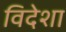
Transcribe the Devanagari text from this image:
विदेशा